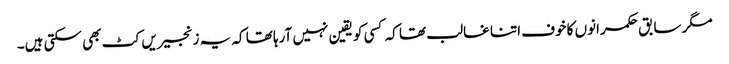
مگر سابق حکمرانوں کا خوف اتنا غالب تھا کہ کسی کو یقین نہیں آرہا تھا کہ یہ زنجیریں کٹ بھی سکتی ہیں۔